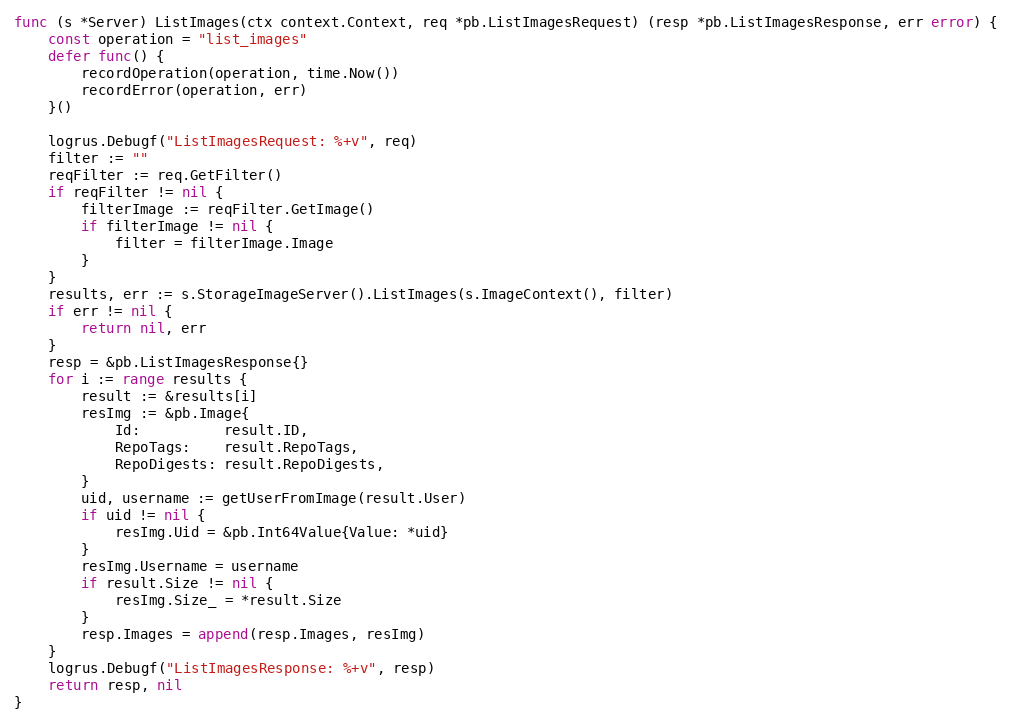
Language: Go
func (s *Server) ListImages(ctx context.Context, req *pb.ListImagesRequest) (resp *pb.ListImagesResponse, err error) {
	const operation = "list_images"
	defer func() {
		recordOperation(operation, time.Now())
		recordError(operation, err)
	}()

	logrus.Debugf("ListImagesRequest: %+v", req)
	filter := ""
	reqFilter := req.GetFilter()
	if reqFilter != nil {
		filterImage := reqFilter.GetImage()
		if filterImage != nil {
			filter = filterImage.Image
		}
	}
	results, err := s.StorageImageServer().ListImages(s.ImageContext(), filter)
	if err != nil {
		return nil, err
	}
	resp = &pb.ListImagesResponse{}
	for i := range results {
		result := &results[i]
		resImg := &pb.Image{
			Id:          result.ID,
			RepoTags:    result.RepoTags,
			RepoDigests: result.RepoDigests,
		}
		uid, username := getUserFromImage(result.User)
		if uid != nil {
			resImg.Uid = &pb.Int64Value{Value: *uid}
		}
		resImg.Username = username
		if result.Size != nil {
			resImg.Size_ = *result.Size
		}
		resp.Images = append(resp.Images, resImg)
	}
	logrus.Debugf("ListImagesResponse: %+v", resp)
	return resp, nil
}